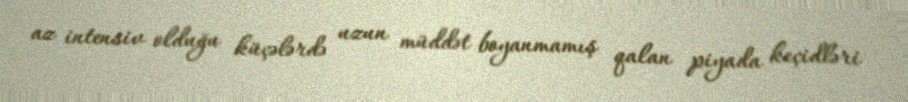
az intensiv olduğu küçələrdə uzun müddət boyanmamış qalan piyada keçidləri